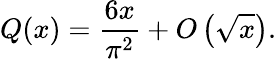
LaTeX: Q(x)={\frac{6x}{\pi^{2}}}+O\left({\sqrt{x}}\right).